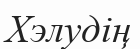
Хэлудің